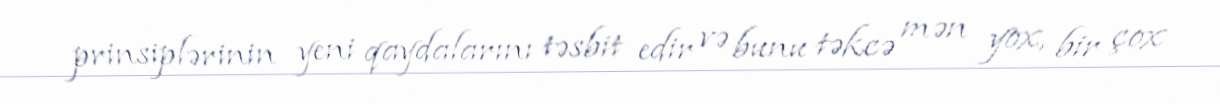
prinsiplərinin yeni qaydalarını təsbit edir və bunu təkcə mən yox, bir çox